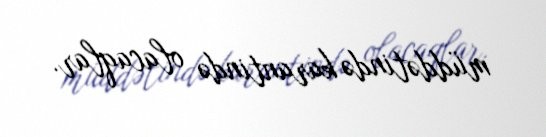
müddətində karantində olacaqlar.